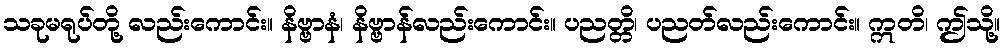
သခုမရုပ်တို့ လည်းကောင်း။ နိဗ္ဗာနံ၊ နိဗ္ဗာန်လည်းကောင်း။ ပညတ္တိ၊ ပညတ်လည်းကောင်း။ ဣတိ၊ ဤသို့။